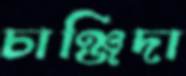
চাঞ্জিদা